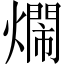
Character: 𤐛